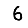
Digit: 6